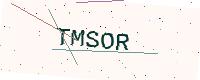
Text: TMSOR